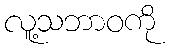
လူ့သဘာဝကို